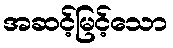
အဆင့်မြင့်သော